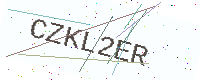
Text: CZKL2ER